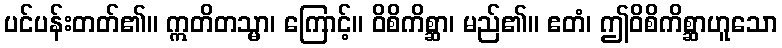
ပင်ပန်းတတ်၏။ ဣတိတသ္မာ၊ ကြောင့်။ ဝိစိကိစ္ဆာ၊ မည်၏။ ဧတံ၊ ဤဝိစိကိစ္ဆာဟူသော